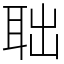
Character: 聉